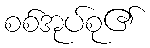
စစ်အုပ်စု၏